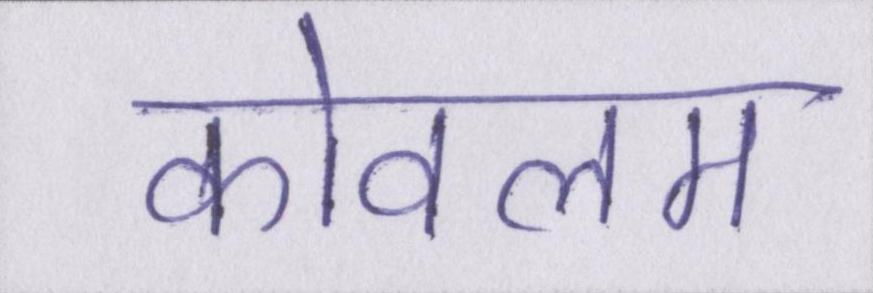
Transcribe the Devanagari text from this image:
कोवलम